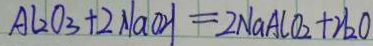
A l _ { 2 } O _ { 3 } + 2 N a O H = 2 N a A C O _ { 2 } + H _ { 2 } O